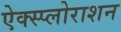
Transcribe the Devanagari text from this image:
ऐक्स्प्लोराशन